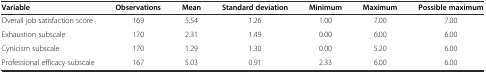
<table><thead><tr><td><b>Variable</b></td><td><b>Observations</b></td><td><b>Mean</b></td><td><b>Standard deviation</b></td><td><b>Minimum</b></td><td><b>Maximum</b></td><td><b>Possible maximum</b></td></tr></thead><tbody><tr><td>Overall job satisfaction score</td><td>169</td><td>5.54</td><td>1.26</td><td>1.00</td><td>7.00</td><td>7.00</td></tr><tr><td>Exhaustion subscale</td><td>170</td><td>2.31</td><td>1.49</td><td>0.00</td><td>6.00</td><td>6.00</td></tr><tr><td>Cynicism subscale</td><td>170</td><td>1.29</td><td>1.30</td><td>0.00</td><td>5.20</td><td>6.00</td></tr><tr><td>Professional efficacy subscale</td><td>167</td><td>5.03</td><td>0.91</td><td>2.33</td><td>6.00</td><td>6.00</td></tr></tbody></table>